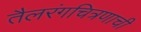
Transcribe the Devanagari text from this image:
तैलरंगचित्रणाची